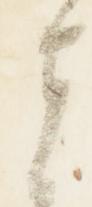
者